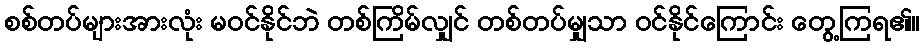
စစ်တပ်များအားလုံး မဝင်နိုင်ဘဲ တစ်ကြိမ်လျှင် တစ်တပ်မျှသာ ဝင်နိုင်ကြောင်း တွေ့ကြရ၏။